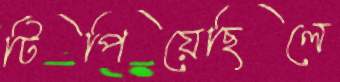
টিপিয়েছিলে